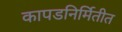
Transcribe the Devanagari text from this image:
कापडनिर्मितीत